First report of the anti-malarial operations at Mian Mir, 1901-1903 - Number 6
Year: 1901
Disease focus: Malaria
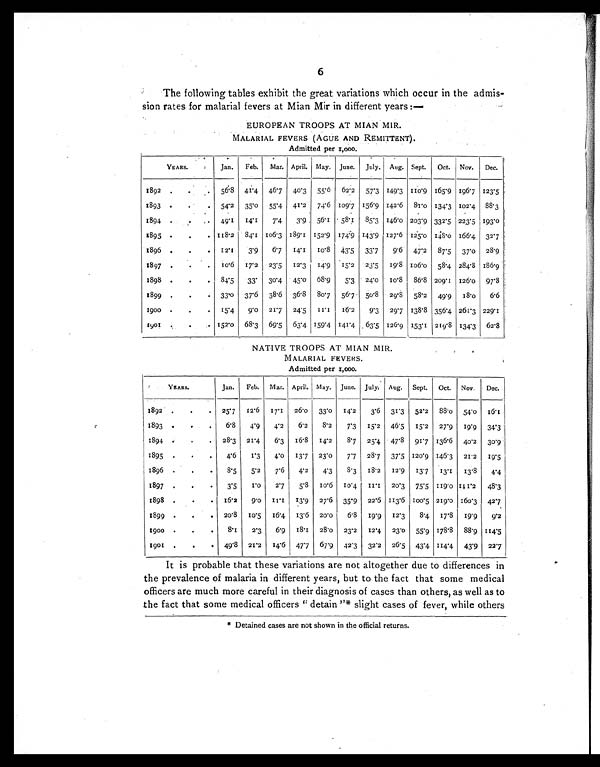
6
The following tables exhibit the great variations which occur in the admis-
sion rates for malarial fevers at Mian Mir in different years :-
EUROPEAN TROOPS AT MIAN MIR.
MALARIAL FEVERS (AGUE AND REMITTENT).
Admitted per 1,000.
YEARS.
Jan.
Feb.
Mar. April. May. June. July. Aug. Sept.
Oct. Nov.
Dec.
1892
.
.
56.8 41.4 46.7 40.3 55.6 62.2 57.3 149.3 110.9 165.9 196.7 123.5
1893
.
. 54.2 35.0 55.4 41.2
74.6 109.7 156.9 142.6 81.0 134.3 102.4 88.3
1894
.
. 49.1
14.1
7.4
3.9 56.1 58.1
85.3 146.0 203.9 332.5 223.5 193.0
1895
.
. 118.2 84.1 106.3 189.1 152.9 174.9 143.9 127.6 I25.0
1 4 8 . 0 166.4 32.7
1896
.
. 12.1
3.9
6.7
14.1
10.8 43.5 33.7
9.6 47.2
87.5 37.0 28.9
1897
.
.
1 0 . 6
17.2 23.5
12.3
14.9
15.2
23.5
19.8 106.0 58.4 284.8 186.9
1898
.
.
84.5
33.
30.4 45.0 68.9
5.3 24.0
10.8
86.8 209.1 126.0 97.8
1899
.
.
33.0 37.6
38.6 36.8 80.7
56.7 50.8 29.8
58.2 49.9
18.0
6.6
1900
.
. 15.4
9.0 21.7 24.5 11.1
16.2
9.3 29.7 138.8 356.4 261.3 229.1
1901
.
. 152.0 68.3 69.5 63.4 159.4 141.4 63.5 126.9 153.1 219.8 134.3 62.8
NATIVE TROOPS AT MIAN MIR.
MALARIAL FEVERS.
Admitted per 1,000.
YEARS.
Jan.
Feb. Mar. April. May. June. July. Aug. Sept. Oct. Nov.
Dec.
1892
.
.
25.7
12.6
17.1
26.0
33.0
14.2
3.6 31.3 52.2 88.0 54.0 16.1
1893
.
.
6.8
4.9
4.2
6.2
8.2
7.3
15.2 46.5
15.2 27.9 19.9 34.3
1894
.
. 28.3 21.4
6.3
16.8
14.2
8 . 7
23.4 47.8 91.7 136.6 40.2 30.9
1895
.
.
4.6
1.3
4.0
13.7 23.0
7.7 28.7 37.5 120.9 146.3 21.2
19.5
1896
.
.
8.5
5.2
7.6
4.2
4.3
8.3
18.2
12.9
13.7
13.1
13.8
4.4
1897
.
.
3.5
1 . 0
2.7
5.8
10.6 10.4
11.1
20.3
75.5 11 9.0 11 2
48.3
1898
.
.
16.2
9.0
1 1 . 1 13.9
27.6
35.9 22.6 113.6 100.5 219.0 160.3 42.7
1899
.
.
20.8
10.5
16.4
13.6 20.0
6.8
19.9 12.3
8.4 17.8 19.9
9.2
1900
.
.
8.1
2.3
6.9 18.1 28.0 23.2
12.4 23.0 55.9 178.8 88.9 114.5
1901
.
. 49.8 21.2
14.6 47.7 67.9 42.3 32.2 26.5 43.4 114.4 43.9 22.7
It is probable that these variations are not altogether due to differences in
the prevalence of malaria in different years, but to the fact that some medical
officers are much more careful in their diagnosis of cases than others, as well as to
the fact that some medical officers " detain "* slight cases of fever, while others
* Detained cases are not shown in the official returns.